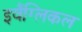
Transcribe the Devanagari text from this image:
इवैंग्लिकल